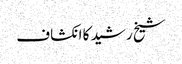
شیخ رشید کا انکشاف